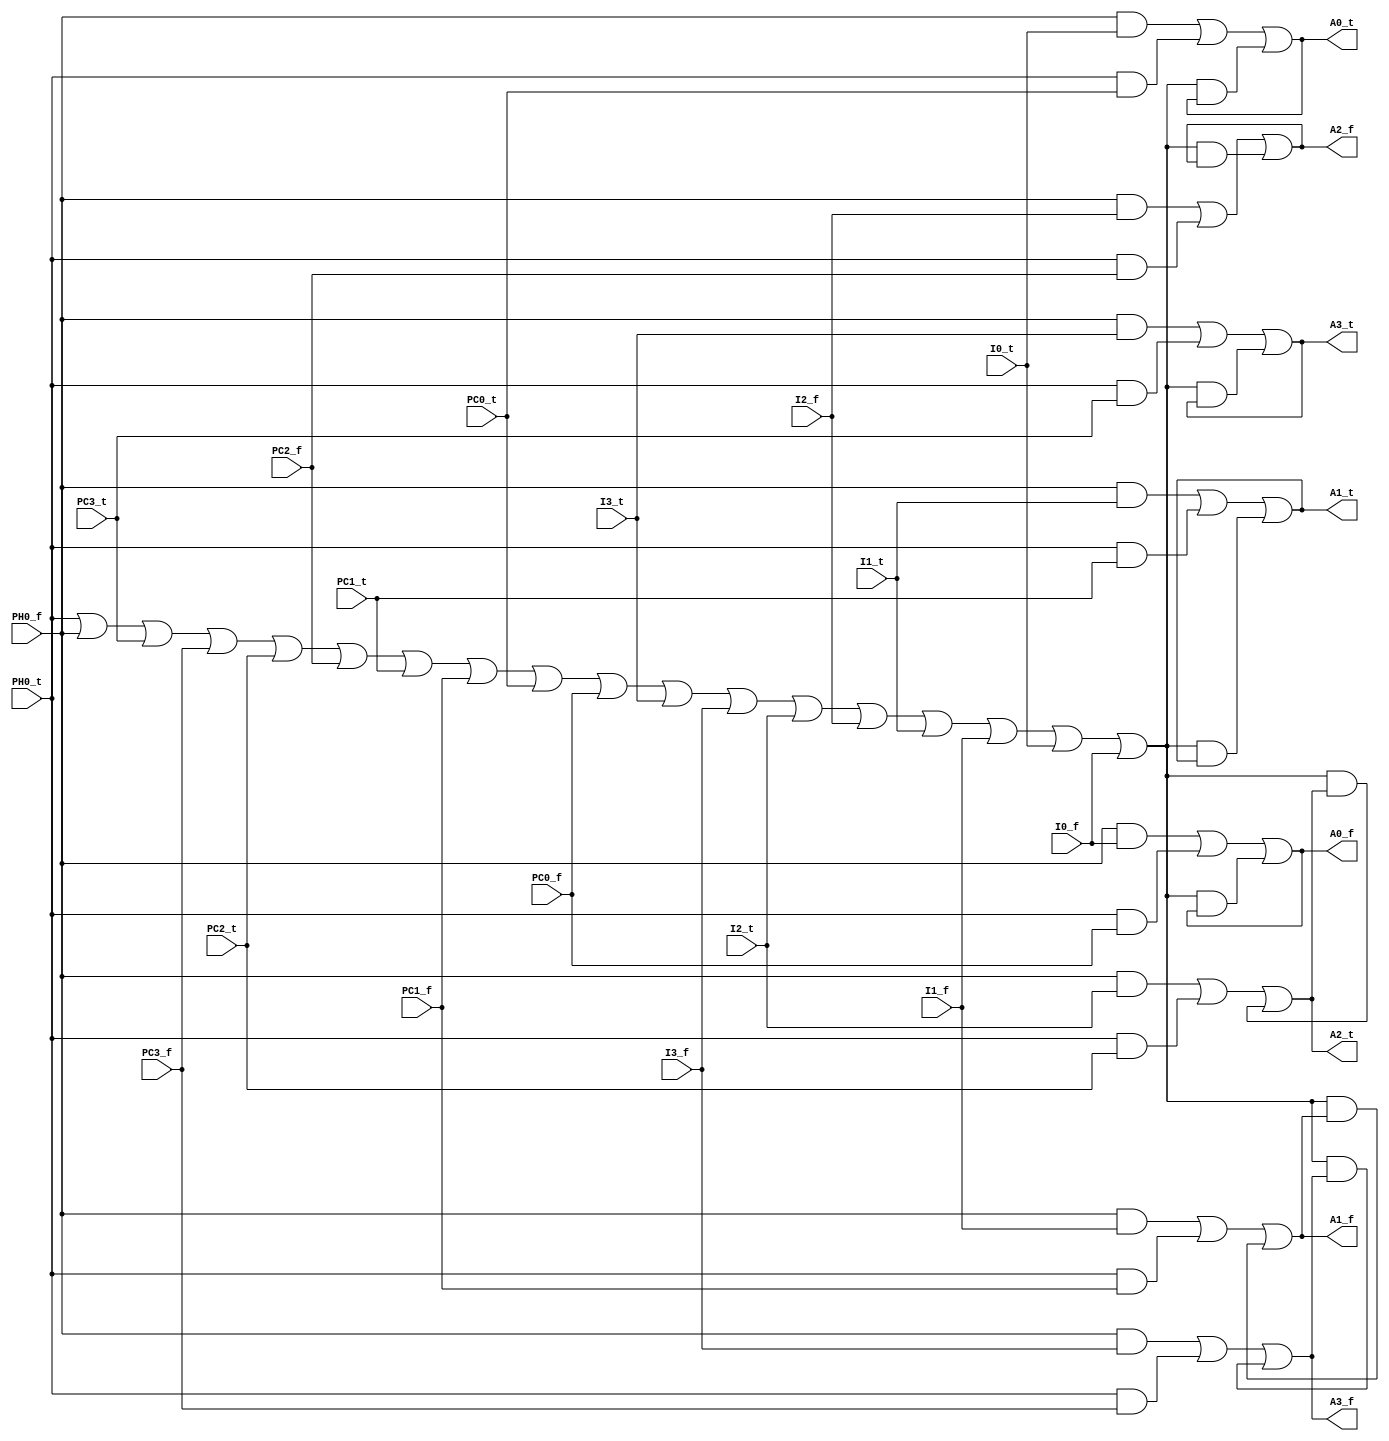
module mem_addr(
	input PH0_t, PH0_f, PC3_t, PC3_f, PC2_t, PC2_f, PC1_t, PC1_f, PC0_t, PC0_f, I3_t, I3_f, I2_t, I2_f, I1_t, I1_f, I0_t, I0_f, 
	output A3_t, A3_f, A2_t, A2_f, A1_t, A1_f, A0_t, A0_f);

	wire hysteresis;
	assign hysteresis = PH0_t | PH0_f | PC3_t | PC3_f | PC2_t | PC2_f | PC1_t | PC1_f | PC0_t | PC0_f | I3_t | I3_f | I2_t | I2_f | I1_t | I1_f | I0_t | I0_f;

	assign A3_f= (PH0_f & I3_f) | (PH0_t & PC3_f) | (hysteresis & A3_f);
	assign A3_t= (PH0_f & I3_t) | (PH0_t & PC3_t) | (hysteresis & A3_t);
	assign A2_f= (PH0_f & I2_f) | (PH0_t & PC2_f) | (hysteresis & A2_f);
	assign A2_t= (PH0_f & I2_t) | (PH0_t & PC2_t) | (hysteresis & A2_t);
	assign A1_f= (PH0_f & I1_f) | (PH0_t & PC1_f) | (hysteresis & A1_f);
	assign A1_t= (PH0_f & I1_t) | (PH0_t & PC1_t) | (hysteresis & A1_t);
	assign A0_f= (PH0_f & I0_f) | (PH0_t & PC0_f) | (hysteresis & A0_f);
	assign A0_t= (PH0_f & I0_t) | (PH0_t & PC0_t) | (hysteresis & A0_t);

endmodule